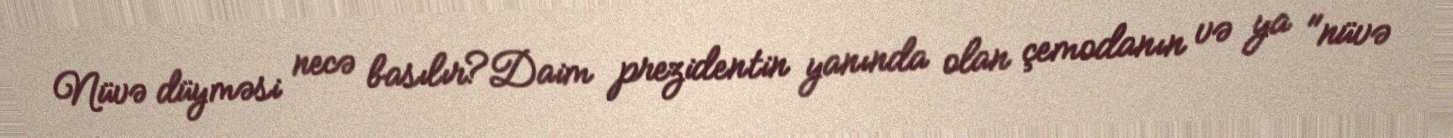
Nüvə düyməsi necə basılır?Daim prezidentin yanında olan çemodanın və ya "nüvə